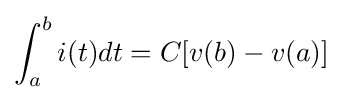
\int _{a}^{b}i(t)dt=C[v(b)-v(a)]